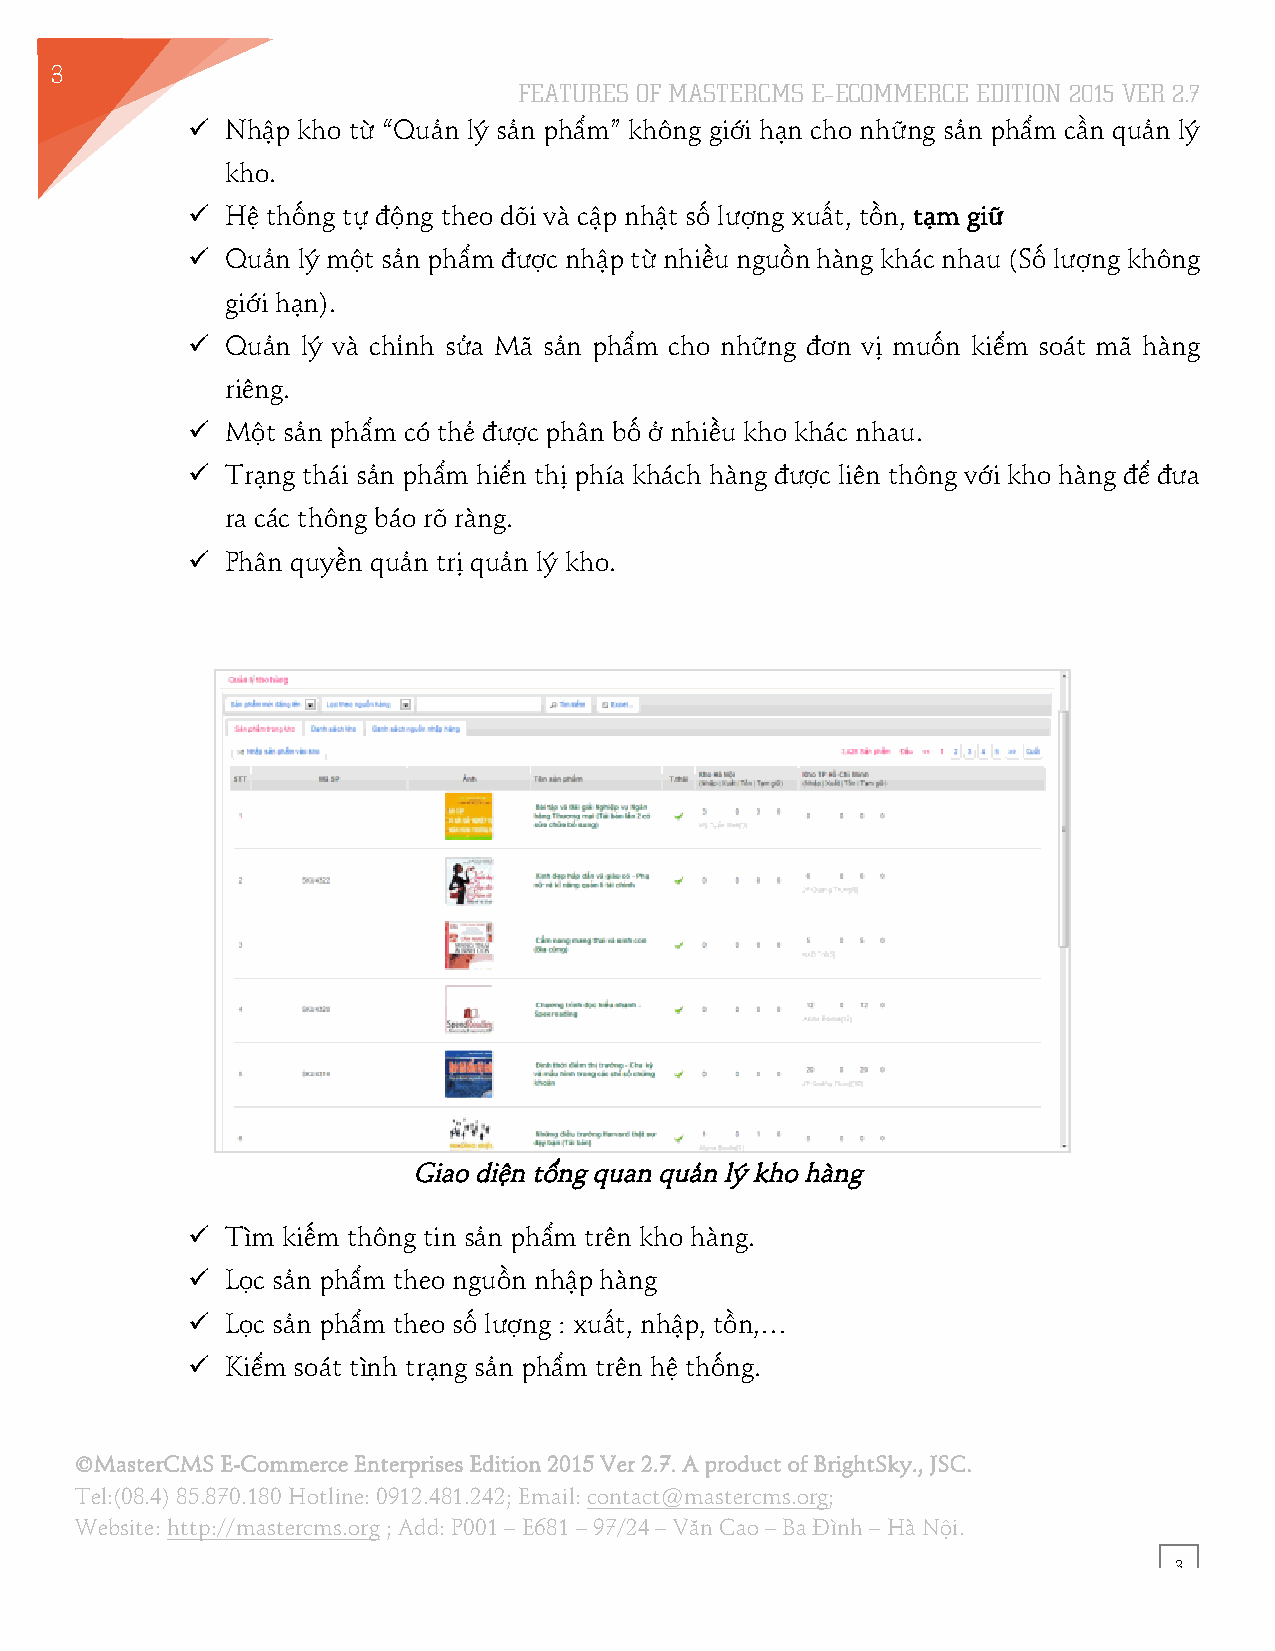
3
 FEATURES OF MASTERCMS E–ECOMMERCE EDITION 2015 VER 2.7
 5
 !! Nhập kho từ “Quản lý sản phẩm” không giới hạn cho những sản phẩm cần quản lý
 kho.
 !! Hệ thống tự động theo dõi và cập nhật số lượng xuất, tồn, tạm giữ
 !! Quản lý một sản phẩm được nhập từ nhiều nguồn hàng khác nhau (Số lượng không
 giới hạn).
 !! Quản lý và chỉnh sửa Mã sản phẩm cho những đơn vị muốn kiểm soát mã hàng
 riêng.
 !! Một sản phẩm có thẻ được phân bố ở nhiều kho khác nhau.
 !! Trạng thái sản phẩm hiển thị phía khách hàng được liên thông với kho hàng để đưa
 ra các thông báo rõ ràng.
 !! Phân quyền quản trị quản lý kho.
 Giao diện tổng quan quản lý kho hàng
 !! Tìm kiếm thông tin sản phẩm trên kho hàng.
 !! Lọc sản phẩm theo nguồn nhập hàng
 !! Lọc sản phẩm theo số lượng : xuất, nhập, tồn,…
 !! Kiểm soát tình trạng sản phẩm trên hệ thống.
 ©MasterCMS E-Commerce Enterprises Edition 2015 Ver 2.7. A product of BrightSky., JSC.
 Tel:(08.4) 85.870.180 Hotline: 0912.481.242; Email: contact@mastercms.org;
 Website: http://mastercms.org ; Add: P001 – E681 – 97/24 – Văn Cao – Ba Đình – Hà Nội.
 3